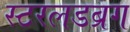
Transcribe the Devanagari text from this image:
स्टरलडब्रग